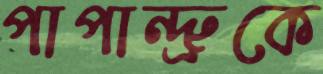
পাপান্দ্রুকে